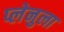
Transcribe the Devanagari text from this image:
प्लेनुला